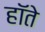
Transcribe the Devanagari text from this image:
हॉते